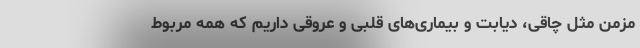
مزمن مثل چاقی، دیابت و بیماری‌های قلبی و عروقی داریم که همه مربوط